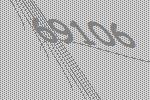
69106